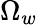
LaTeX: \Omega_{w}